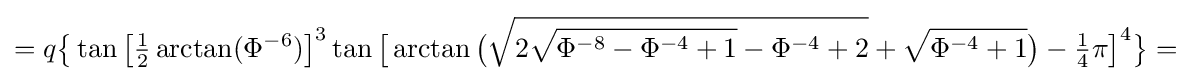
=q{\bigl \{}\tan {\bigl [}{\tfrac {1}{2}}\arctan(\Phi ^{-6}){\bigr ]}^{3}\tan {\bigl [}\arctan {\bigl (}{\sqrt {2{\sqrt {\Phi ^{-8}-\Phi ^{-4}+1}}-\Phi ^{-4}+2}}+{\sqrt {\Phi ^{-4}+1}}{\bigr )}-{\tfrac {1}{4}}\pi {\bigr ]}^{4}{\bigr \}}=